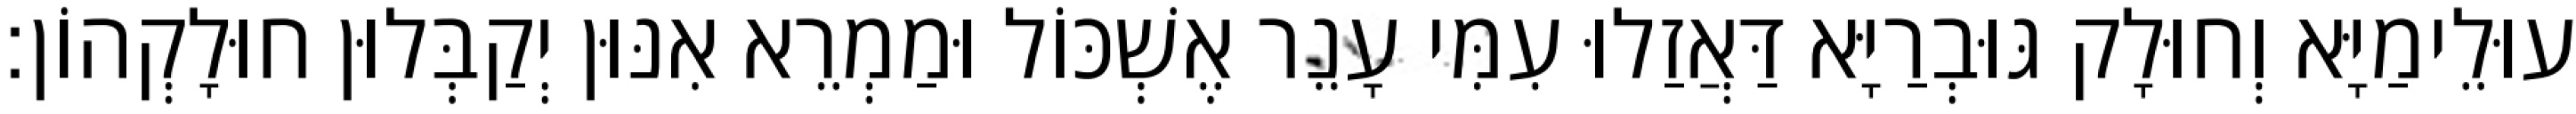
עוּלֵימַיָּא וְחוּלָק גּוּבְרַיָּא דַּאֲזַלוּ עִמִּי עָנֵר אֶשְׁכּוֹל וּמַמְרֵא אִנּוּן יְקַבְּלוּן חוּלָקְהוֹן׃